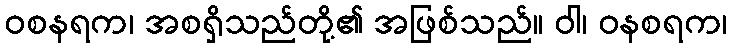
ဝစနရက၊ အစရှိသည်တို့၏ အဖြစ်သည်။ ဝါ၊ ဝနစရက၊